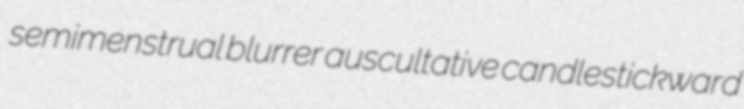
semimenstrual blurrer auscultative candlestickward